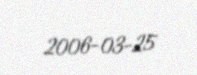
2006-03-25